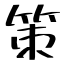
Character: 策